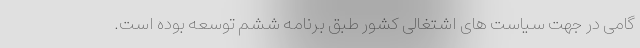
گامی در جهت سیاست های اشتغالی کشور طبق برنامه ششم توسعه بوده است.